Indian journal of veterinary science and animal husbandry - Volume 7,
Year: 1937
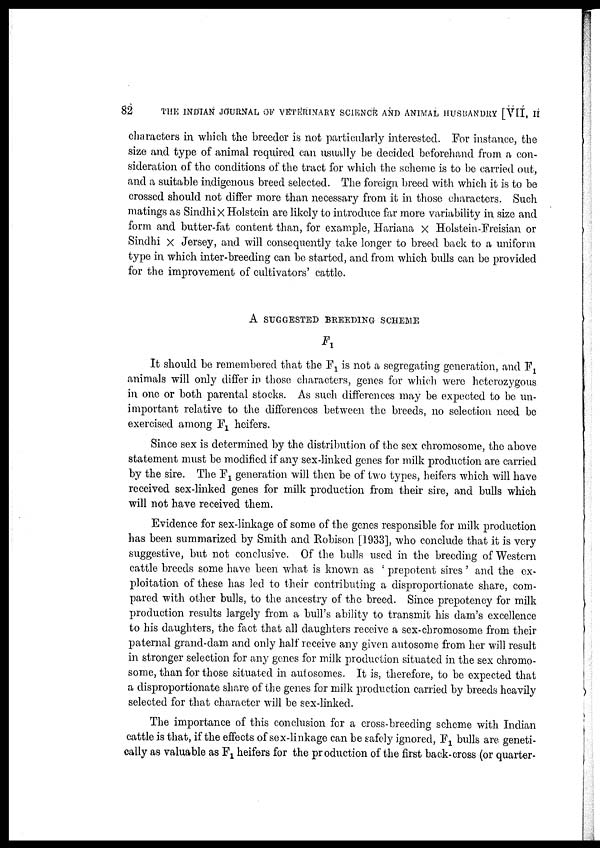
82
THE INDIAN JOURNAL OF VETERINARY SCIENCE AND ANIMAL HUSBANDRY [VII, II
characters in which the breeder is not particularly interested. For instance, the
size and type of animal required can usually be decided beforehand from a con-
sideration of the conditions of the tract for which the scheme is to be carried out,
and a suitable indigenous breed selected. The foreign breed with which it is to be
crossed should not differ more than necessary from it in those characters. Such
matings as Sindhi × Holstein are likely to introduce far more variability in size and
form and butter-fat content than, for example, Hariana x Holstein-Freisian or
Sindhi × Jersey, and will consequently take longer to breed back to a uniform
type in which inter-breeding can be started, and from which bulls can be provided
for the improvement of cultivators' cattle.
A SUGGESTED BREEDING SCHEME
F 1
It should be remembered that the F 1 is not a segregating generation, and F 1
animals will only differ in those characters, genes for which were heterozygous
in one or both parental stocks. As such differences may be expected to be un-
important relative to the differences between the breeds, no selection need be
exercised among F 1 heifers.
Since sex is determined by the distribution of the sex chromosome, the above
statement must be modified if any sex-linked genes for milk production are carried
by the sire. The F 1 generation will then be of two types, heifers which will have
received sex-linked genes for milk production from their sire, and bulls which
will not have received them.
Evidence for sex-linkage of some of the genes responsible for milk production
has been summarized by Smith and Robison [1933], who conclude that it is very
suggestive, but not conclusive. Of the bulls used in the breeding of Western
cattle breeds some have been what is known as ' prepotent sires ' and the ex-
ploitation of these has led to their contributing a disproportionate share, com-
pared with other bulls, to the ancestry of the breed. Since prepotency for milk
production results largely from a bull's ability to transmit his dam's excellence
to his daughters, the fact that all daughters receive a sex-chromosome from their
paternal grand-dam and only half receive any given autosome from her will result
in stronger selection for any genes for milk production situated in the sex chromo-
some, than for those situated in autosomes. It is, therefore, to be expected that
a disproportionate share of the genes for milk production carried by breeds heavily
selected for that character will be sex-linked.
The importance of this conclusion for a cross-breeding scheme with Indian
cattle is that, if the effects of sex-linkage can be safely ignored, F 1 bulls are geneti-
cally as valuable as F 1 heifers for the production of the first back-cross (or quarter-